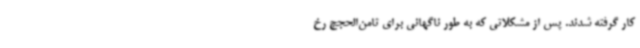
کار گرفته شدند. پس از مشکلاتی که به طور ناگهانی برای ثامن‌الحجج رخ